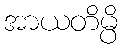
အာယတိမ္ပိ